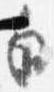
白